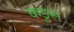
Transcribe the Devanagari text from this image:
कडुस